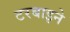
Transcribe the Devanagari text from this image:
टरबाइने